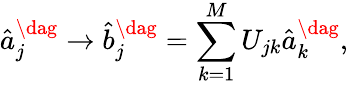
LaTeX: \hat{a}_{j}^{\dag}\rightarrow\hat{b}_{j}^{\dag}=\sum_{k=1}^{M}U_{jk}\hat{a}_{k}^{\dag},